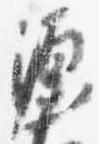
源